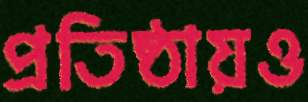
প্রতিষ্ঠায়ও